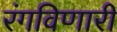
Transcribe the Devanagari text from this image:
रंगविणारी